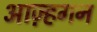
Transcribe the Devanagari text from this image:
आज़्हगन